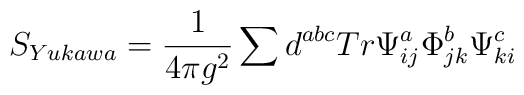
S_{Yukawa} = \frac{1}{4 \pi g^2} \sum d^{abc} Tr \Psi^a _{ij} \Phi^b_{jk} \Psi^c_{ki}